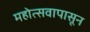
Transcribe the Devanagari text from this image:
महोत्सवापासून